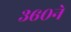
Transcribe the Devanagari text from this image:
३६०ने